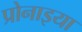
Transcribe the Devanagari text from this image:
प्रोनाइया